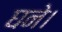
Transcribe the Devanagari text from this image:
घने।